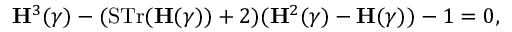
{ \bf H } ^ { 3 } ( \gamma ) - ( \mathrm { S T r } ( { \bf H } ( \gamma ) ) + 2 ) ( { \bf H } ^ { 2 } ( \gamma ) - { \bf H } ( \gamma ) ) - 1 = 0 ,